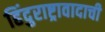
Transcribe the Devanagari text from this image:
हिंदुराष्ट्रावादाची